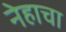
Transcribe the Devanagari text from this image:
नेहाचा